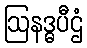
ဩနဒ္ဓပီဌံ